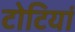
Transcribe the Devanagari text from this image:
टोटियां